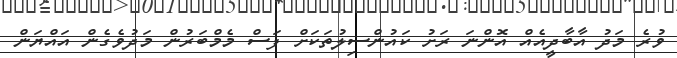
ވުރެ މަދު އާބާދީއެއް އޮންނަ ރަށު ކައުންސިލުތަކަށް ފަސް މެމްބަރުން މަދުވެގެން އައްޔަން